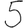
Digit: 5